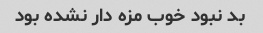
بد نبود خوب مزه دار نشده بود